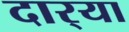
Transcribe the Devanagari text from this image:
दार्‍या